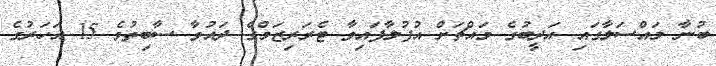
ބުނާ މައްސަލާގައި އަދީބުގެ މައްޗަށް އުފުލާފައިވާ ޓެރަރިޒަމްގެ ދައުވާ ސާބިތުވެ 15 އަހަރުގެ